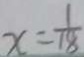
x = \frac { 1 } { 1 8 }